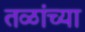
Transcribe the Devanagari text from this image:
तळांच्या